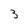
Character: 3